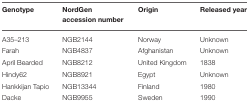
| Genotype | NordGen accession number | Origin | Released year |
 | --- | --- | --- | --- |
 | A35–213 | NGB2144 | Norway | Unknown |
 | Farah | NGB4837 | Afghanistan | Unknown |
 | April Bearded | NGB8212 | United Kingdom | 1838 |
 | Hindy62 | NGB8921 | Egypt | Unknown |
 | Hankkijan Tapio | NGB13344 | Finland | 1980 |
 | Dacke | NGB9955 | Sweden | 1990 |